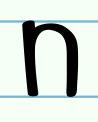
n